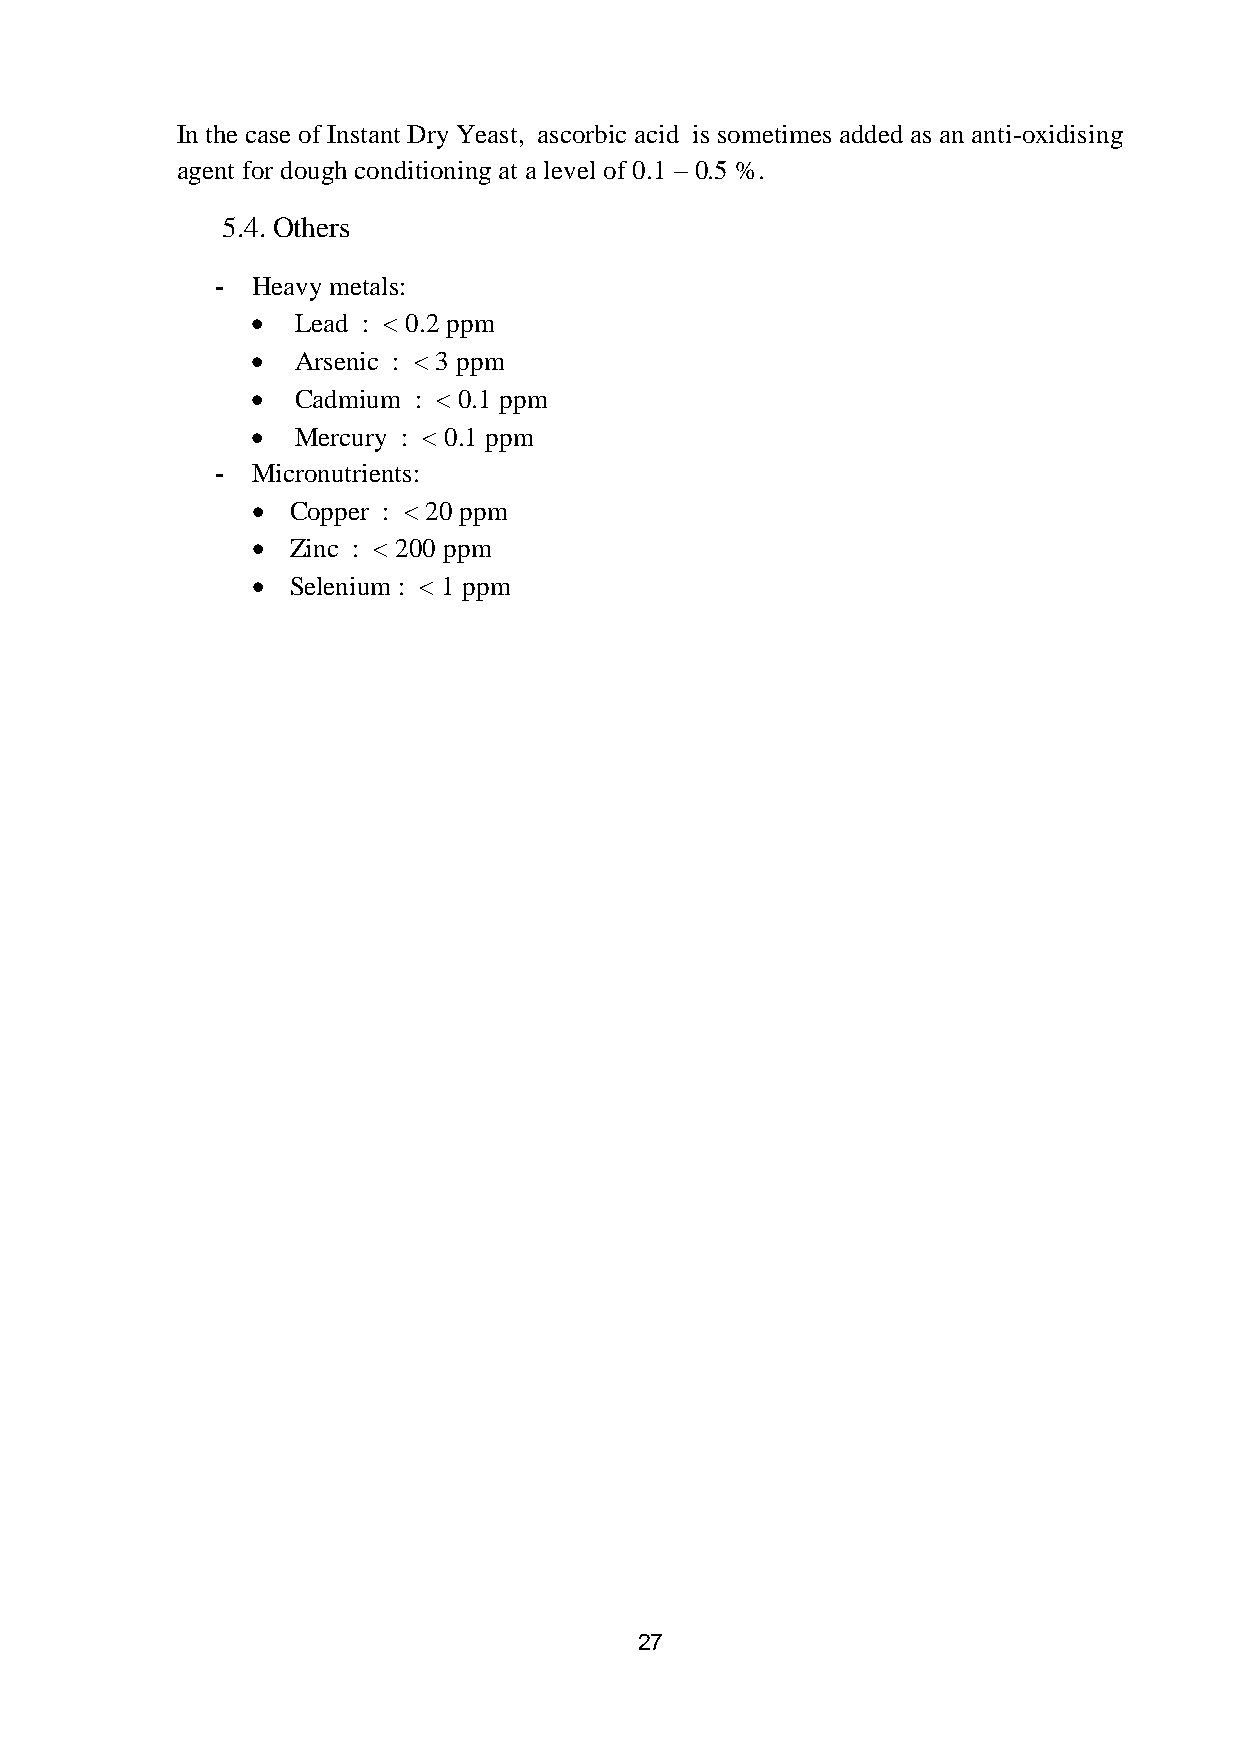
In the case of Instant Dry Yeast, ascorbic acid is sometimes added as an anti-oxidising
 agent for dough conditioning at a level of 0.1 – 0.5 %.
 5.4. Others
 -  Heavy metals:
   Lead : < 0.2 ppm
   Arsenic : < 3 ppm
   Cadmium : < 0.1 ppm
   Mercury : < 0.1 ppm
 -  Micronutrients:
  Copper : < 20 ppm
  Zinc : < 200 ppm
  Selenium : < 1 ppm
 27